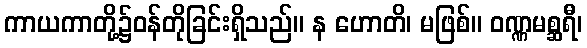
ကာယကာတို့၌ဝန်တိုခြင်းရှိသည်။ န ဟောတိ၊ မဖြစ်။ ဝဏ္ဏမစ္ဆရီ၊